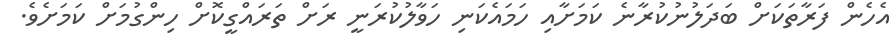
އެހެން ފަރާތަކަށް ބަދަލުނުކުރާނެ ކަމަށާއި ހަމައެކަނި ހަވާލުކުރަނީ ރަށް ތަރައްގީކޮށް ހިންގުމަށް ކަމަށެވެ.